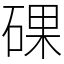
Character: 䂺